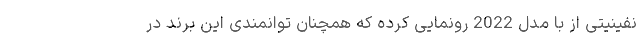
نفینیتی از با مدل 2022 رونمایی کرده که همچنان توانمندی این برند در